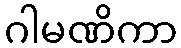
ဂါမဏိကာ